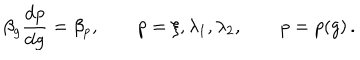
\beta _ { g } \frac { \mathrm { d } p } { \mathrm { d } g } = \beta _ { p } , \qquad p = \xi , \lambda _ { 1 } , \lambda _ { 2 } , \qquad p = p ( g ) \, .